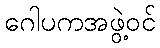
ဂေါပကအဖွဲ့ဝင်